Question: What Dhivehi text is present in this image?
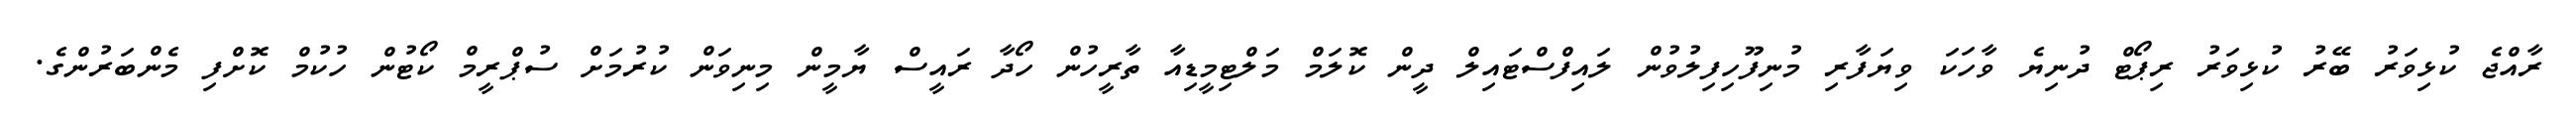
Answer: ރާއްޖެ ކުޅިވަރު ބޭރު ކުޅިވަރު ރިޕޯޓް ދުނިޔެ ވާހަކަ ވިޔަފާރި މުނިފޫހިފިލުވުން ލައިފްސްޓައިލް ދީން ކޮލަމް މަލްޓިމީޑިއާ ތާރީހުން ހޯދާ ރައީސް ޔާމީން މިނިވަން ކުރުމަށް ސުޕްރީމް ކޯޓުން ހުކުމް ކޮށްފި މެންބަރުންގެ.